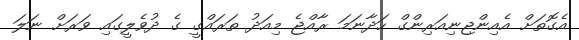
އެގޮތަށް އެއިންޖިނިއަރިންގް ހަދާނަމަ ރާއްޖެ މިއަދު ތަރައްގީ ގެ ދުވެލީގައި ވަރަށް ނަލަ